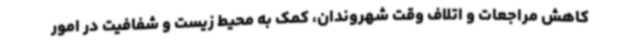
کاهش مراجعات و اتلاف وقت شهروندان، کمک به محیط زیست و شفافیت در امور